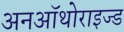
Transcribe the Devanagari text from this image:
अनऑथोराइज्ड